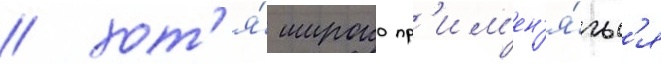
/ хот'я́ широко пр'им'ен'я́тьс'я